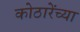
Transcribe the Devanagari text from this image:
कोठारेंच्या